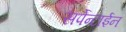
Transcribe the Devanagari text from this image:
सर्पेन्टाईन